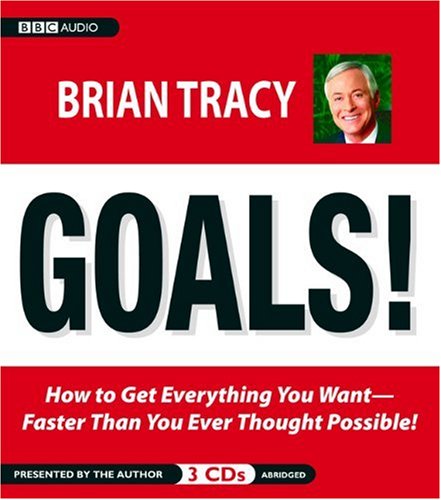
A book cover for Goals! How to Get Everything You Want Faster Than You Ever Thought Possible; Brian Tracy; Medical Books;